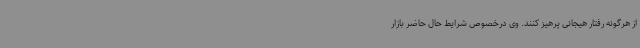
از هرگونه رفتار هیجانی پرهیز کنند. وی درخصوص شرایط حال حاضر بازار